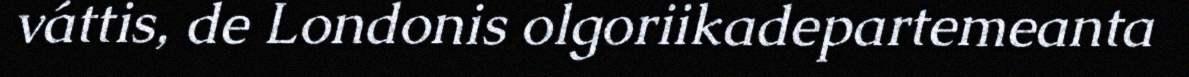
váttis, de Londonis olgoriikadepartemeanta